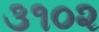
૩૧૦૨